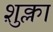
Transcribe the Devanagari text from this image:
श़ुक्ला